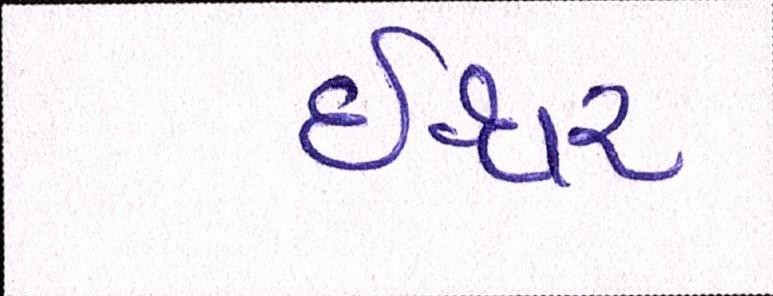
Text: ઈશ્વર